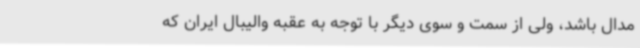
مدال باشد، ولی از سمت و سوی دیگر با توجه به عقبه ‌والیبال ایران که